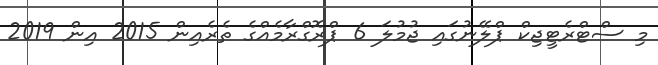
މި ސްޓްރެޓީޖިކް ޕްލޭނުގައި ޖުމުލަ 6 ޕްރޮގްރާމެއްގެ ތެރެއިން 2015 އިން 2019